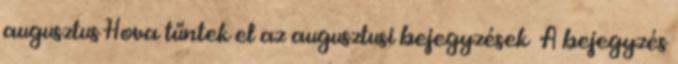
augusztus Hova tűntek el az augusztusi bejegyzések A bejegyzés